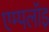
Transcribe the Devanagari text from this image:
एम्पलॉइ